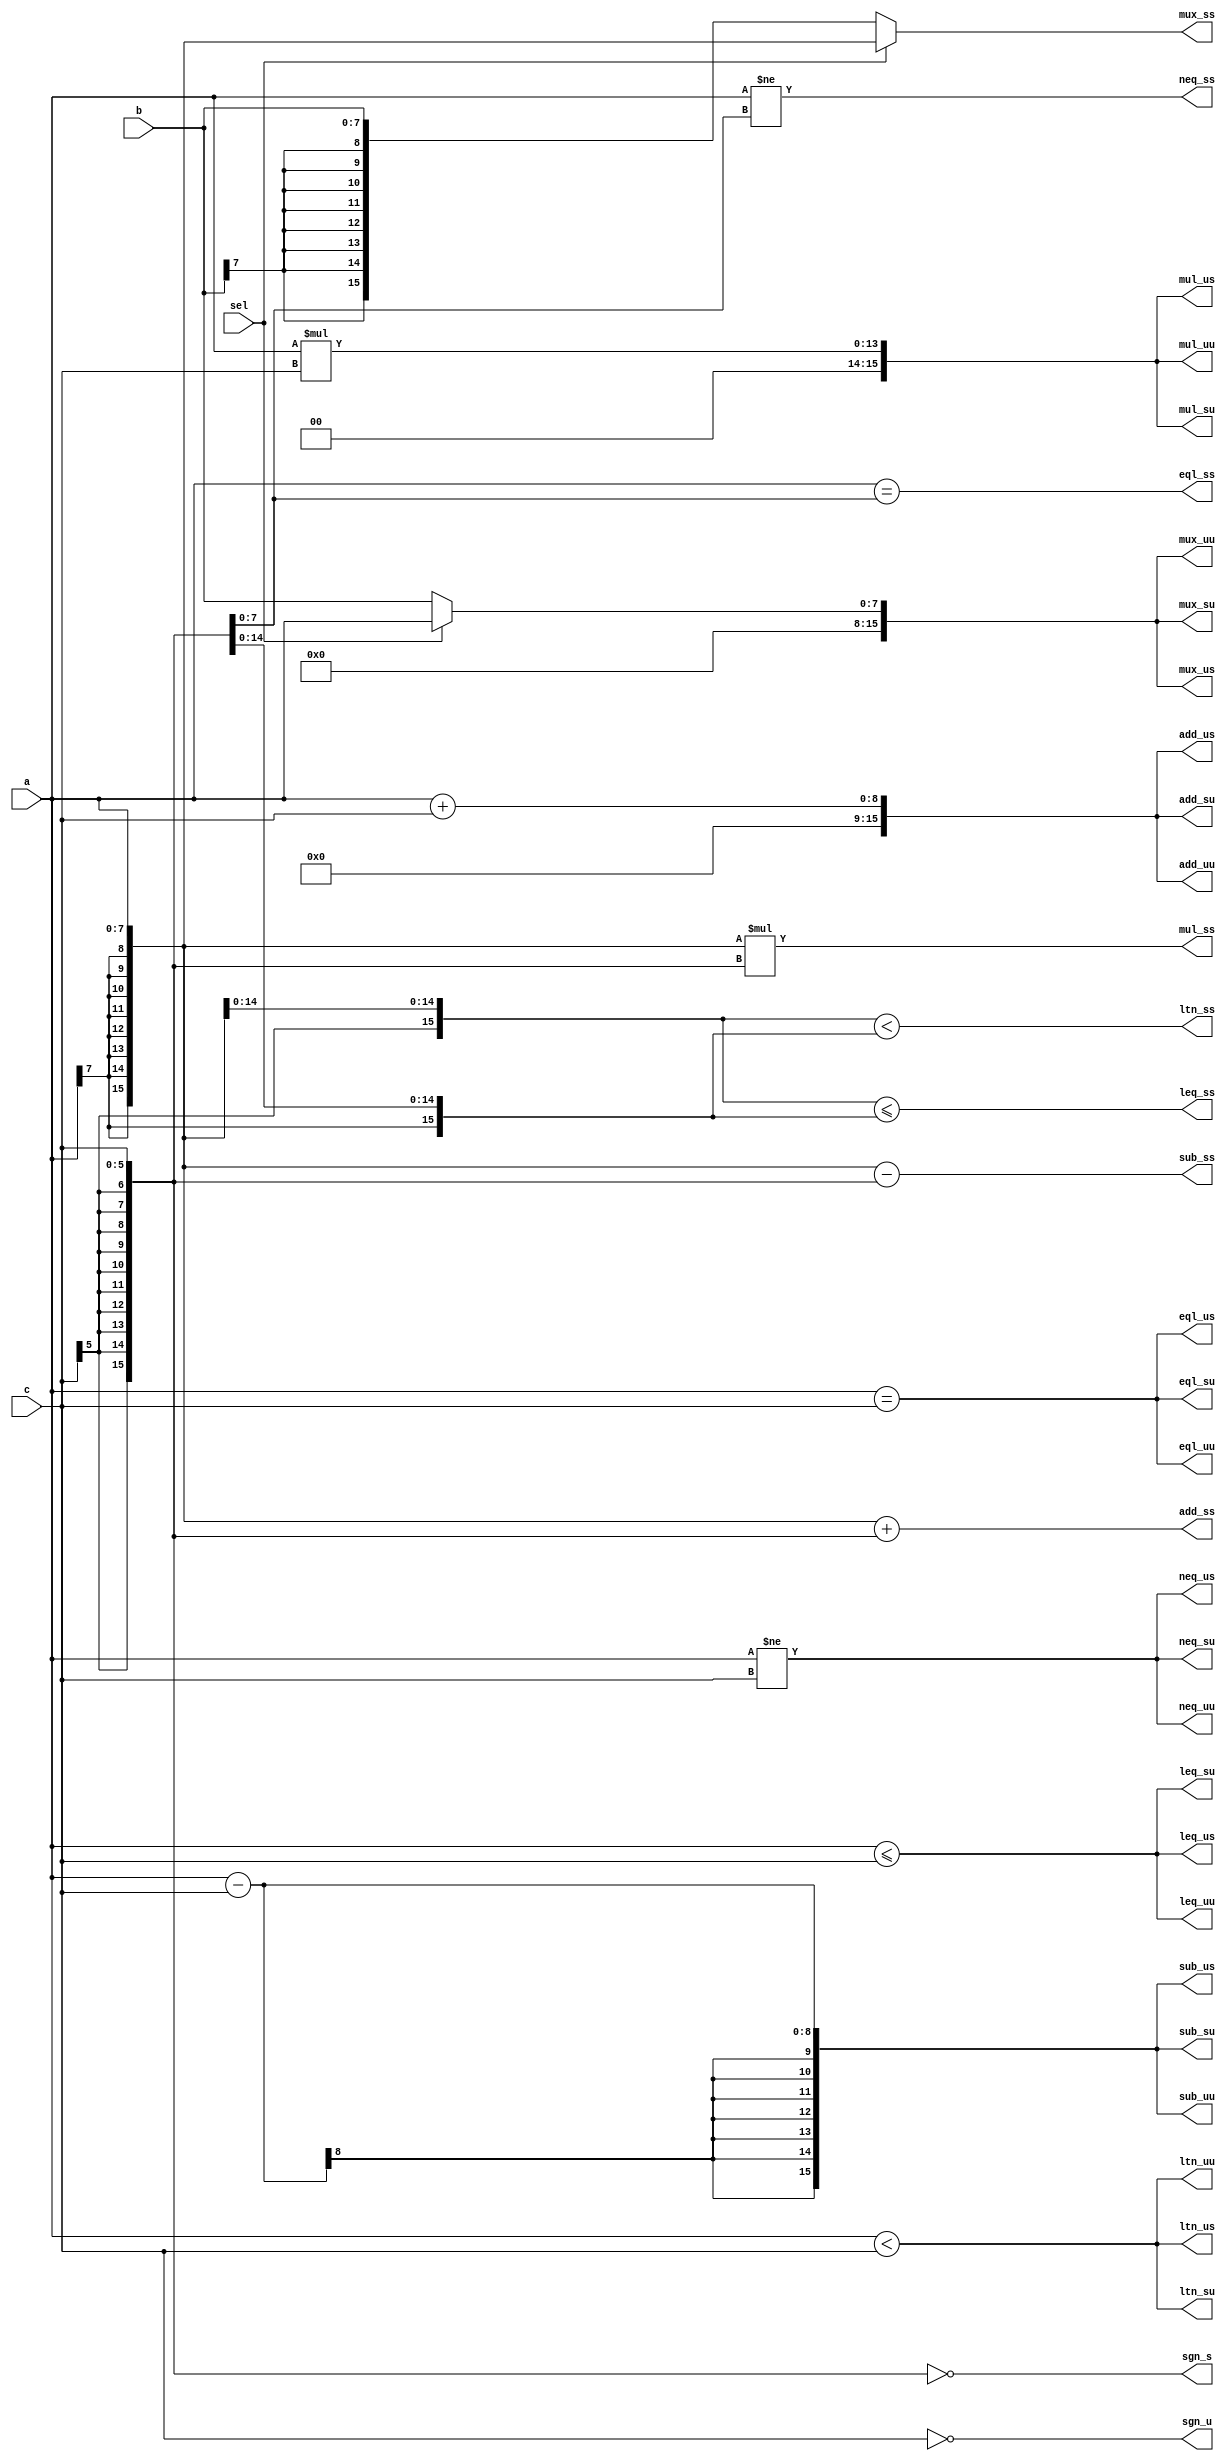
module manually_extended_operators(
    sel,
    a, b,
    c,
    mux_uu, mux_us, mux_su, mux_ss,
    eql_uu, eql_us, eql_su, eql_ss,
    neq_uu, neq_us, neq_su, neq_ss,
    sgn_u,  sgn_s,
    add_uu, add_us, add_su, add_ss,
    sub_uu, sub_us, sub_su, sub_ss,
    mul_uu, mul_us, mul_su, mul_ss,
    ltn_uu, ltn_us, ltn_su, ltn_ss,
    leq_uu, leq_us, leq_su, leq_ss
    );
input         sel;
input   [7:0] a, b;
input   [5:0] c;
output [15:0] mux_uu, mux_us, mux_su, mux_ss;
output        eql_uu, eql_us, eql_su, eql_ss;
output        neq_uu, neq_us, neq_su, neq_ss;
output [15:0] sgn_u,  sgn_s;
output [15:0] add_uu, add_us, add_su, add_ss;
output [15:0] sub_uu, sub_us, sub_su, sub_ss;
output [15:0] mul_uu, mul_us, mul_su, mul_ss;
output        ltn_uu, ltn_us, ltn_su, ltn_ss;
output        leq_uu, leq_us, leq_su, leq_ss;
assign mux_uu = sel ? {{8{1'b0}}, a} : {{8{1'b0}}, b};
assign mux_us = sel ? {{8{1'b0}}, a} : {{8{1'b0}}, b};
assign mux_su = sel ? {{8{1'b0}}, a} : {{8{1'b0}}, b};
assign mux_ss = sel ? {{8{a[7]}}, a} : {{8{b[7]}}, b};
assign eql_uu = {a} == {{2{1'b0}}, c};
assign eql_us = {a} == {{2{1'b0}}, c};
assign eql_su = {a} == {{2{1'b0}}, c};
assign eql_ss = {a} == {{2{c[5]}}, c};
assign neq_uu = {a} != {{2{1'b0}}, c};
assign neq_us = {a} != {{2{1'b0}}, c};
assign neq_su = {a} != {{2{1'b0}}, c};
assign neq_ss = {a} != {{2{c[5]}}, c};
assign sgn_u = ~{{10{1'b0}}, c} ;
assign sgn_s = ~{{10{c[5]}}, c} ;
assign add_uu = {{8{1'b0}}, a} + {{10{1'b0}}, c};
assign add_us = {{8{1'b0}}, a} + {{10{1'b0}}, c};
assign add_su = {{8{1'b0}}, a} + {{10{1'b0}}, c};
assign add_ss = {{8{a[7]}}, a} + {{10{c[5]}}, c};
assign sub_uu = {{8{1'b0}}, a} - {{10{1'b0}}, c};
assign sub_us = {{8{1'b0}}, a} - {{10{1'b0}}, c};
assign sub_su = {{8{1'b0}}, a} - {{10{1'b0}}, c};
assign sub_ss = {{8{a[7]}}, a} - {{10{c[5]}}, c};
assign mul_uu = {{8{1'b0}}, a} * {{10{1'b0}}, c};
assign mul_us = {{8{1'b0}}, a} * {{10{1'b0}}, c};
assign mul_su = {{8{1'b0}}, a} * {{10{1'b0}}, c};
assign mul_ss = {{8{a[7]}}, a} * {{10{c[5]}}, c};
assign ltn_uu = {{8{1'b0}}, a} < {{10{1'b0}}, c};
assign ltn_us = {{8{1'b0}}, a} < {{10{1'b0}}, c};
assign ltn_su = {{8{1'b0}}, a} < {{10{1'b0}}, c};
assign ltn_ss = {c[5],{7{a[7]}}, a} < {a[7],{9{c[5]}}, c};
assign leq_uu = {{8{1'b0}}, a} <= {{10{1'b0}}, c};
assign leq_us = {{8{1'b0}}, a} <= {{10{1'b0}}, c};
assign leq_su = {{8{1'b0}}, a} <= {{10{1'b0}}, c};
assign leq_ss = {c[5],{7{a[7]}}, a} <= {a[7],{9{c[5]}}, c};
endmodule